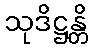
သုဒိဋ္ဌန္တိ